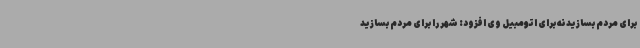
برای مردم بسازید نه برای اتومبیل وی افزود: شهر را برای مردم بسازید